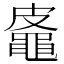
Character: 𪓜